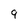
Character: 9